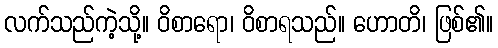
လက်သည်ကဲ့သို့။ ဝိစာရော၊ ဝိစာရသည်။ ဟောတိ၊ ဖြစ်၏။